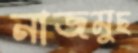
নাজমুছ